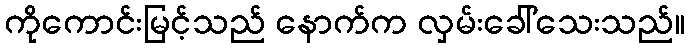
ကိုကောင်းမြင့်သည် နောက်က လှမ်းခေါ်သေးသည်။